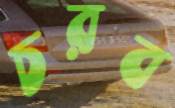
চরব